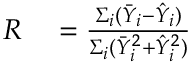
\begin{array} { r l } { R } & { { } = \frac { \Sigma _ { i } ( \bar { Y } _ { i } - \hat { Y } _ { i } ) } { \Sigma _ { i } ( \bar { Y } _ { i } ^ { 2 } + \hat { Y } _ { i } ^ { 2 } ) } } \end{array}